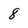
Character: 8